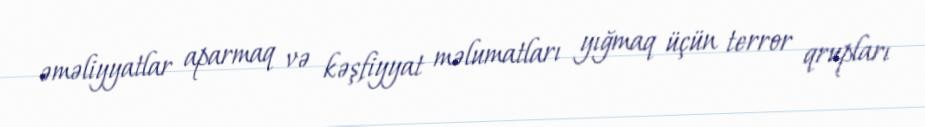
əməliyyatlar aparmaq və kəşfiyyat məlumatları yığmaq üçün terror qrupları